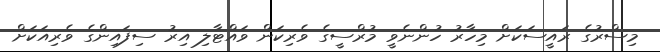
މިސްރުގެ ރައީސަކަށް މިހާރު ހުންނެވީ މުރްސީގެ ވެރިކަން ވައްޓާލި އިރު ސިފައިންގެ ވެރިއަކަށް